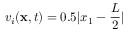
v _ { i } ( \mathbf { x } , t ) = 0 . 5 | x _ { 1 } - \frac { L } { 2 } |